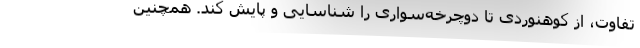
تفاوت، از کوهنوردی تا دوچرخه‌سواری را شناسایی و پایش کند. همچنین